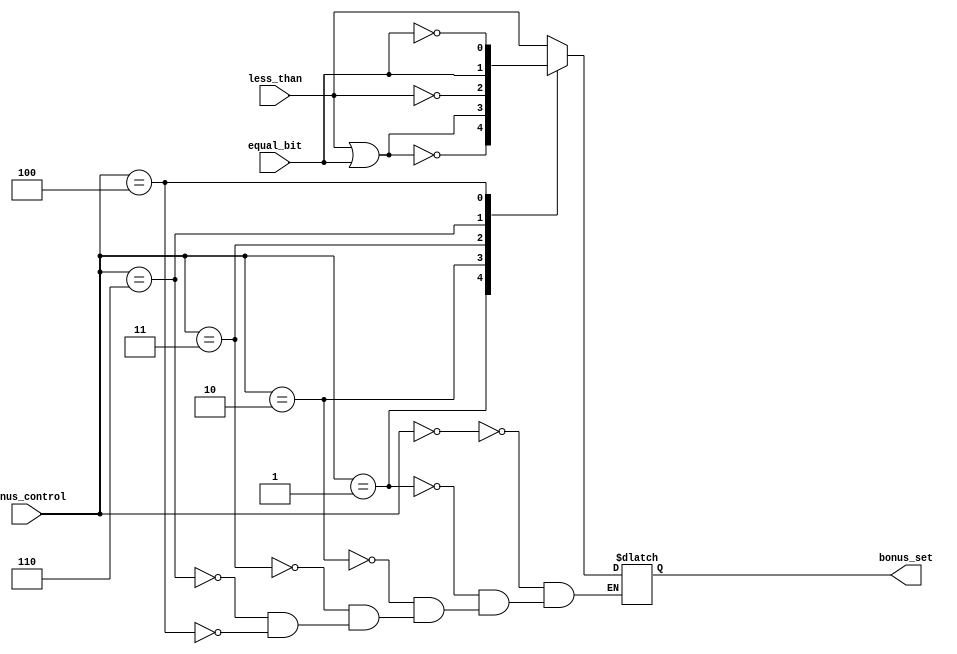
module compare(
              bonus_control,    //3bit input
              equal_bit,        //1bit input
              less_than,        //1bit input
              bonus_set         //1bit output
              );
    
    input [3-1:0]   bonus_control;
    input           equal_bit;
    input           less_than;

    output reg      bonus_set;
    
    wire slt, sgt, sle, sge, seq, sne;
    //less_than  equal
    //set_greater_than 
    //
    assign slt=less_than;
    assign sgt=~(less_than|equal_bit);
    assign sle=less_than|equal_bit;
    assign sge=~less_than;
    assign seq=equal_bit;
    assign sne=~equal_bit; 
    
    //bonus_control
    //case
    always @(*)
    begin
        case (bonus_control)
            3'b000: bonus_set <= slt;
            3'b001: bonus_set <= sgt;
            3'b010: bonus_set <= sle;
            3'b011: bonus_set <= sge;
            3'b110: bonus_set <= seq;
            3'b100: bonus_set <= sne;      
        endcase    
    end
endmodule